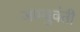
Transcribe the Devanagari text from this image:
जाम्बुवंती